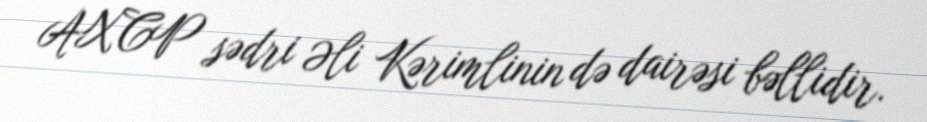
AXCP sədri Əli Kərimlinin də dairəsi bəllidir.